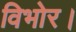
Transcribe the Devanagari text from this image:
विभोर।